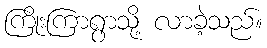
ကြိုးကြာရွာသို့ လာခဲ့သည်။